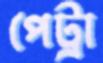
পেট্রা